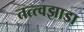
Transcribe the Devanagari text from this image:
तत्त्वझाडा